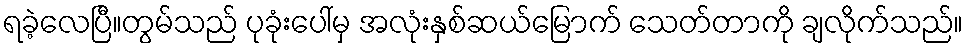
ရခဲ့လေပြီ။တွမ်သည် ပုခုံးပေါ်မှ အလုံးနှစ်ဆယ်မြောက် သေတ်တာကို ချလိုက်သည်။